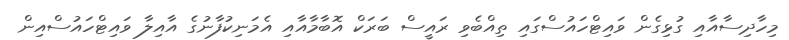
މިހާދިސާއާއި ގުޅިގެން ވައިޓްހައުސްގައި ތިއްބެވި ރައީސް ބަރަކް އޮބާމާއާއި އެމަނިކުފާނުގެ އާއިލާ ވައިޓްހައުސްއިން